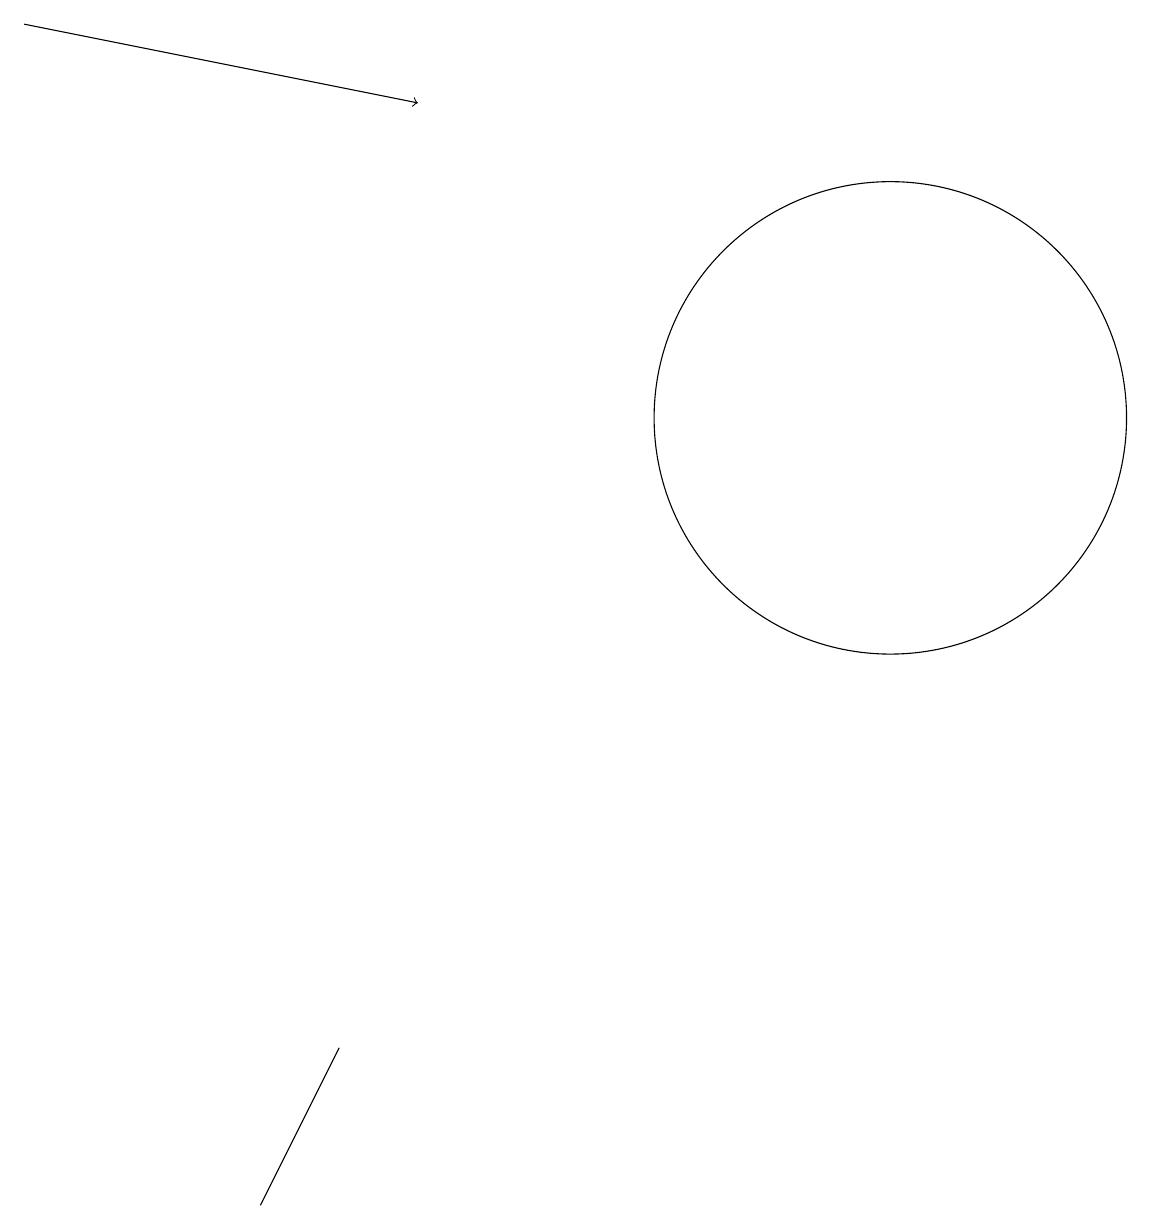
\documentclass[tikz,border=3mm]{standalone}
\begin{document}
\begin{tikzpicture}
\draw[->] (1,15) -- (6,14);
\draw (12,10) circle (3);
\draw (5,2) -- (4,0) -- (5,2) -- cycle;
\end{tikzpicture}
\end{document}